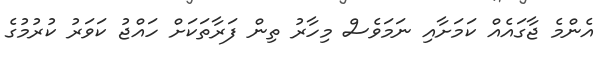
އެންމެ ޖާގައެއް ކަމަށާއި ނަމަވެސް މިހާރު ތިން ފަރާތަކަށް ހައްޖު ކަވަރު ކުރުމުގެ